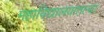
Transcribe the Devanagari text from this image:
महाविद्यालयातल्या